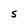
Character: S